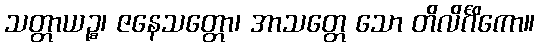
သတ္တာယဉ္စ၊ ဇနေသတ္တော၊ အာသတ္တေ သော တိလိင်္ဂိကော။